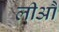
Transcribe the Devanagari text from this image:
लीऔं